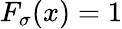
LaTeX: F_{\sigma}(x)=1